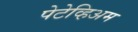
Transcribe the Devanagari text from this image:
पेटेव्हिअम